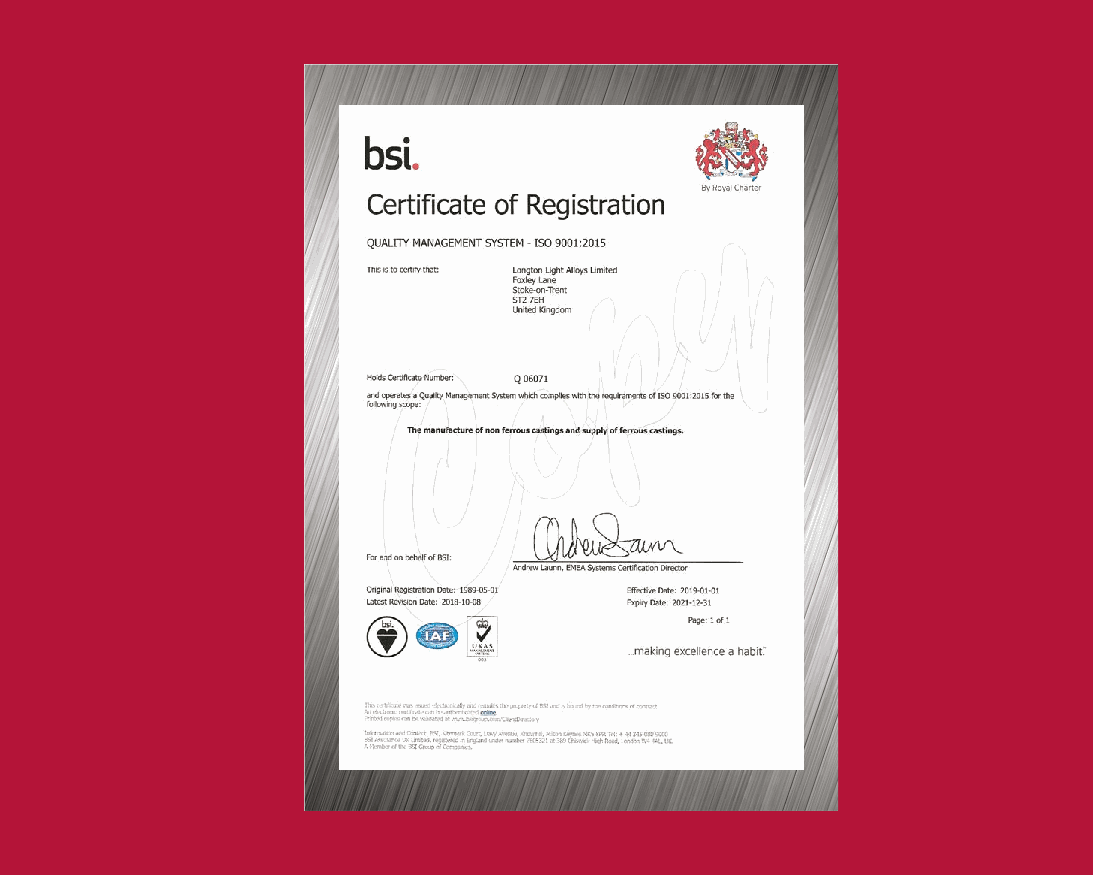
Company       Philosophy
 Longton Light Alloys appreciates that the best way to sustain business and build strong partnerships is
 to learn and understand our customers requirements.
 With experience we have established our business on four main key objectives:
 • Service
 Customer service is at the top of our list, the customer is the most important part of our business and
 we will always, wherever possible, provide the right product to suit your requirements.
 • Quality
 Providing castings that are consistently of good quality means working to a goal of excellence.
 By implementation of quality control systems such as BS EN ISO 9001 continuous investment in training,
 plant and equipment we feel that this standard of excellence is applied to every casting we produce.
 Customers or potential customers are welcome to carry out 3rd party audits and inspection of our quality
 control systems.
 • Value for Money
 Longton Light Alloys main aim is to provide good quality castings at a competitive price. We only purchase
 from approved suppliers allowing us complete traceability of all the raw materials used in the manufacture
 of our castings.
 Unfortunately we have seen too many times where people have taken the option of cheap castings and
 have suffered the consequences of poor quality and wasted costs.
 Longton Light Alloys works to a high standard and then offers this standard of service and quality at a
 competitive price.
 • Delivery
 One of the keys aspects of what we offer our customers is our commitment to meet delivery times
 requested. We can offer complete traceability and an extremely flexible service due to our unique capabilities
 and can offer continuous monitoring of production through our computer based operating systems.
 yhposolihP
 ynapmoC
 reffo
 ew
 tahW